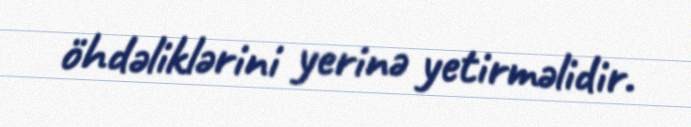
öhdəliklərini yerinə yetirməlidir.